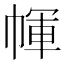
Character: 㡓